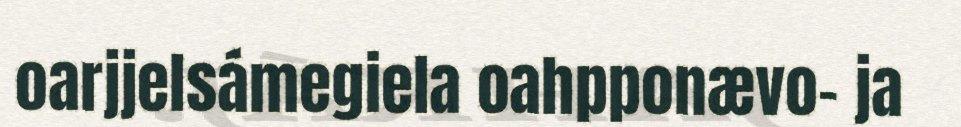
oarjjelsámegiela oahpponævo- ja